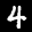
Label: 4